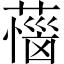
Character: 𦼝